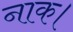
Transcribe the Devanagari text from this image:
नाक।